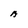
Character: A